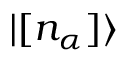
| [ n _ { \alpha } ] \rangle